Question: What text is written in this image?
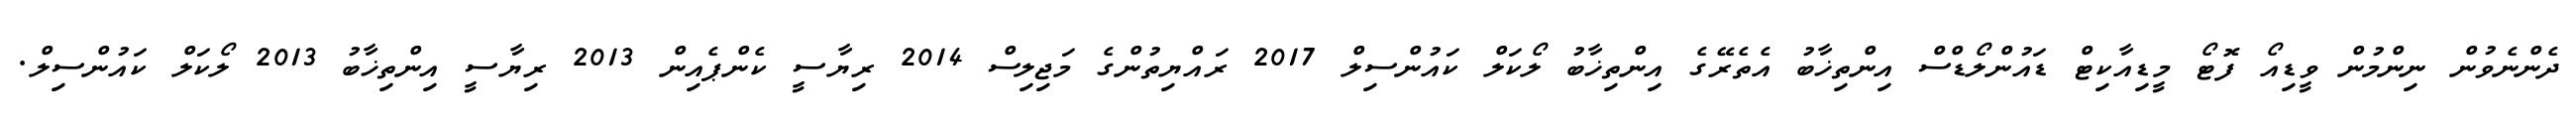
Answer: ދެންނެވުން ނިންމުން ވީޑިއޯ ފޮޓޯ މީޑިއާކިޓް ޑައުންލޯޑްސް އިންތިޚާބު އެތެރޭގެ އިންތިޚާބު ލޯކަލް ކައުންސިލް 2017 ރައްޔިތުންގެ މަޖިލިސް 2014 ރިޔާސީ ކެންޕެއިން 2013 ރިޔާސީ އިންތިޚާބު 2013 ލޯކަލް ކައުންސިލް.